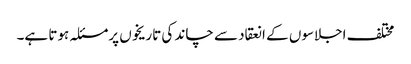
مختلف اجلاسوں کے انعقاد سے چاند کی تاریخوں پرمسئلہ ہوتا ہے۔